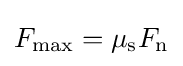
F_{\text{max}}=\mu _{\mathrm {s} }F_{\text{n}}